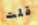
قلت